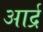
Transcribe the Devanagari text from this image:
आर्द्र